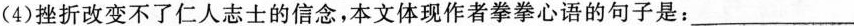
(4)挫折改变不了仁人志士的信念，本文体现作者拳拳心语的句子是：___